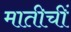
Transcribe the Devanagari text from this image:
मातीचीं